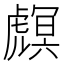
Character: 𧇻